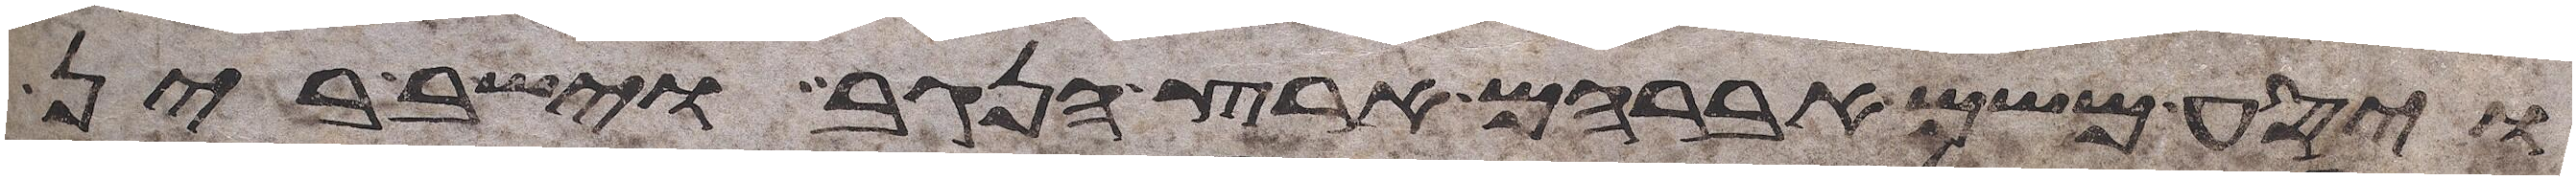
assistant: ויסע משם אברהם ארץ הנגב וישב בין